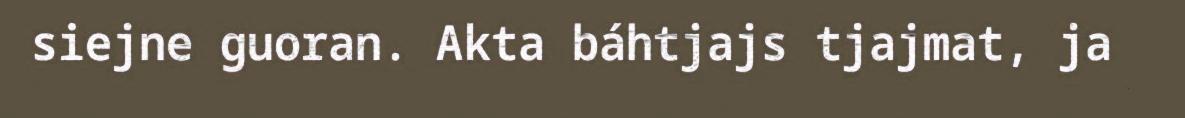
siejne guoran. Akta báhtjajs tjajmat, ja